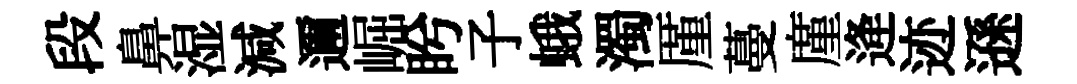
段鼻湿減邇崛盻子蛾濁厪蔓廑逄迹遜